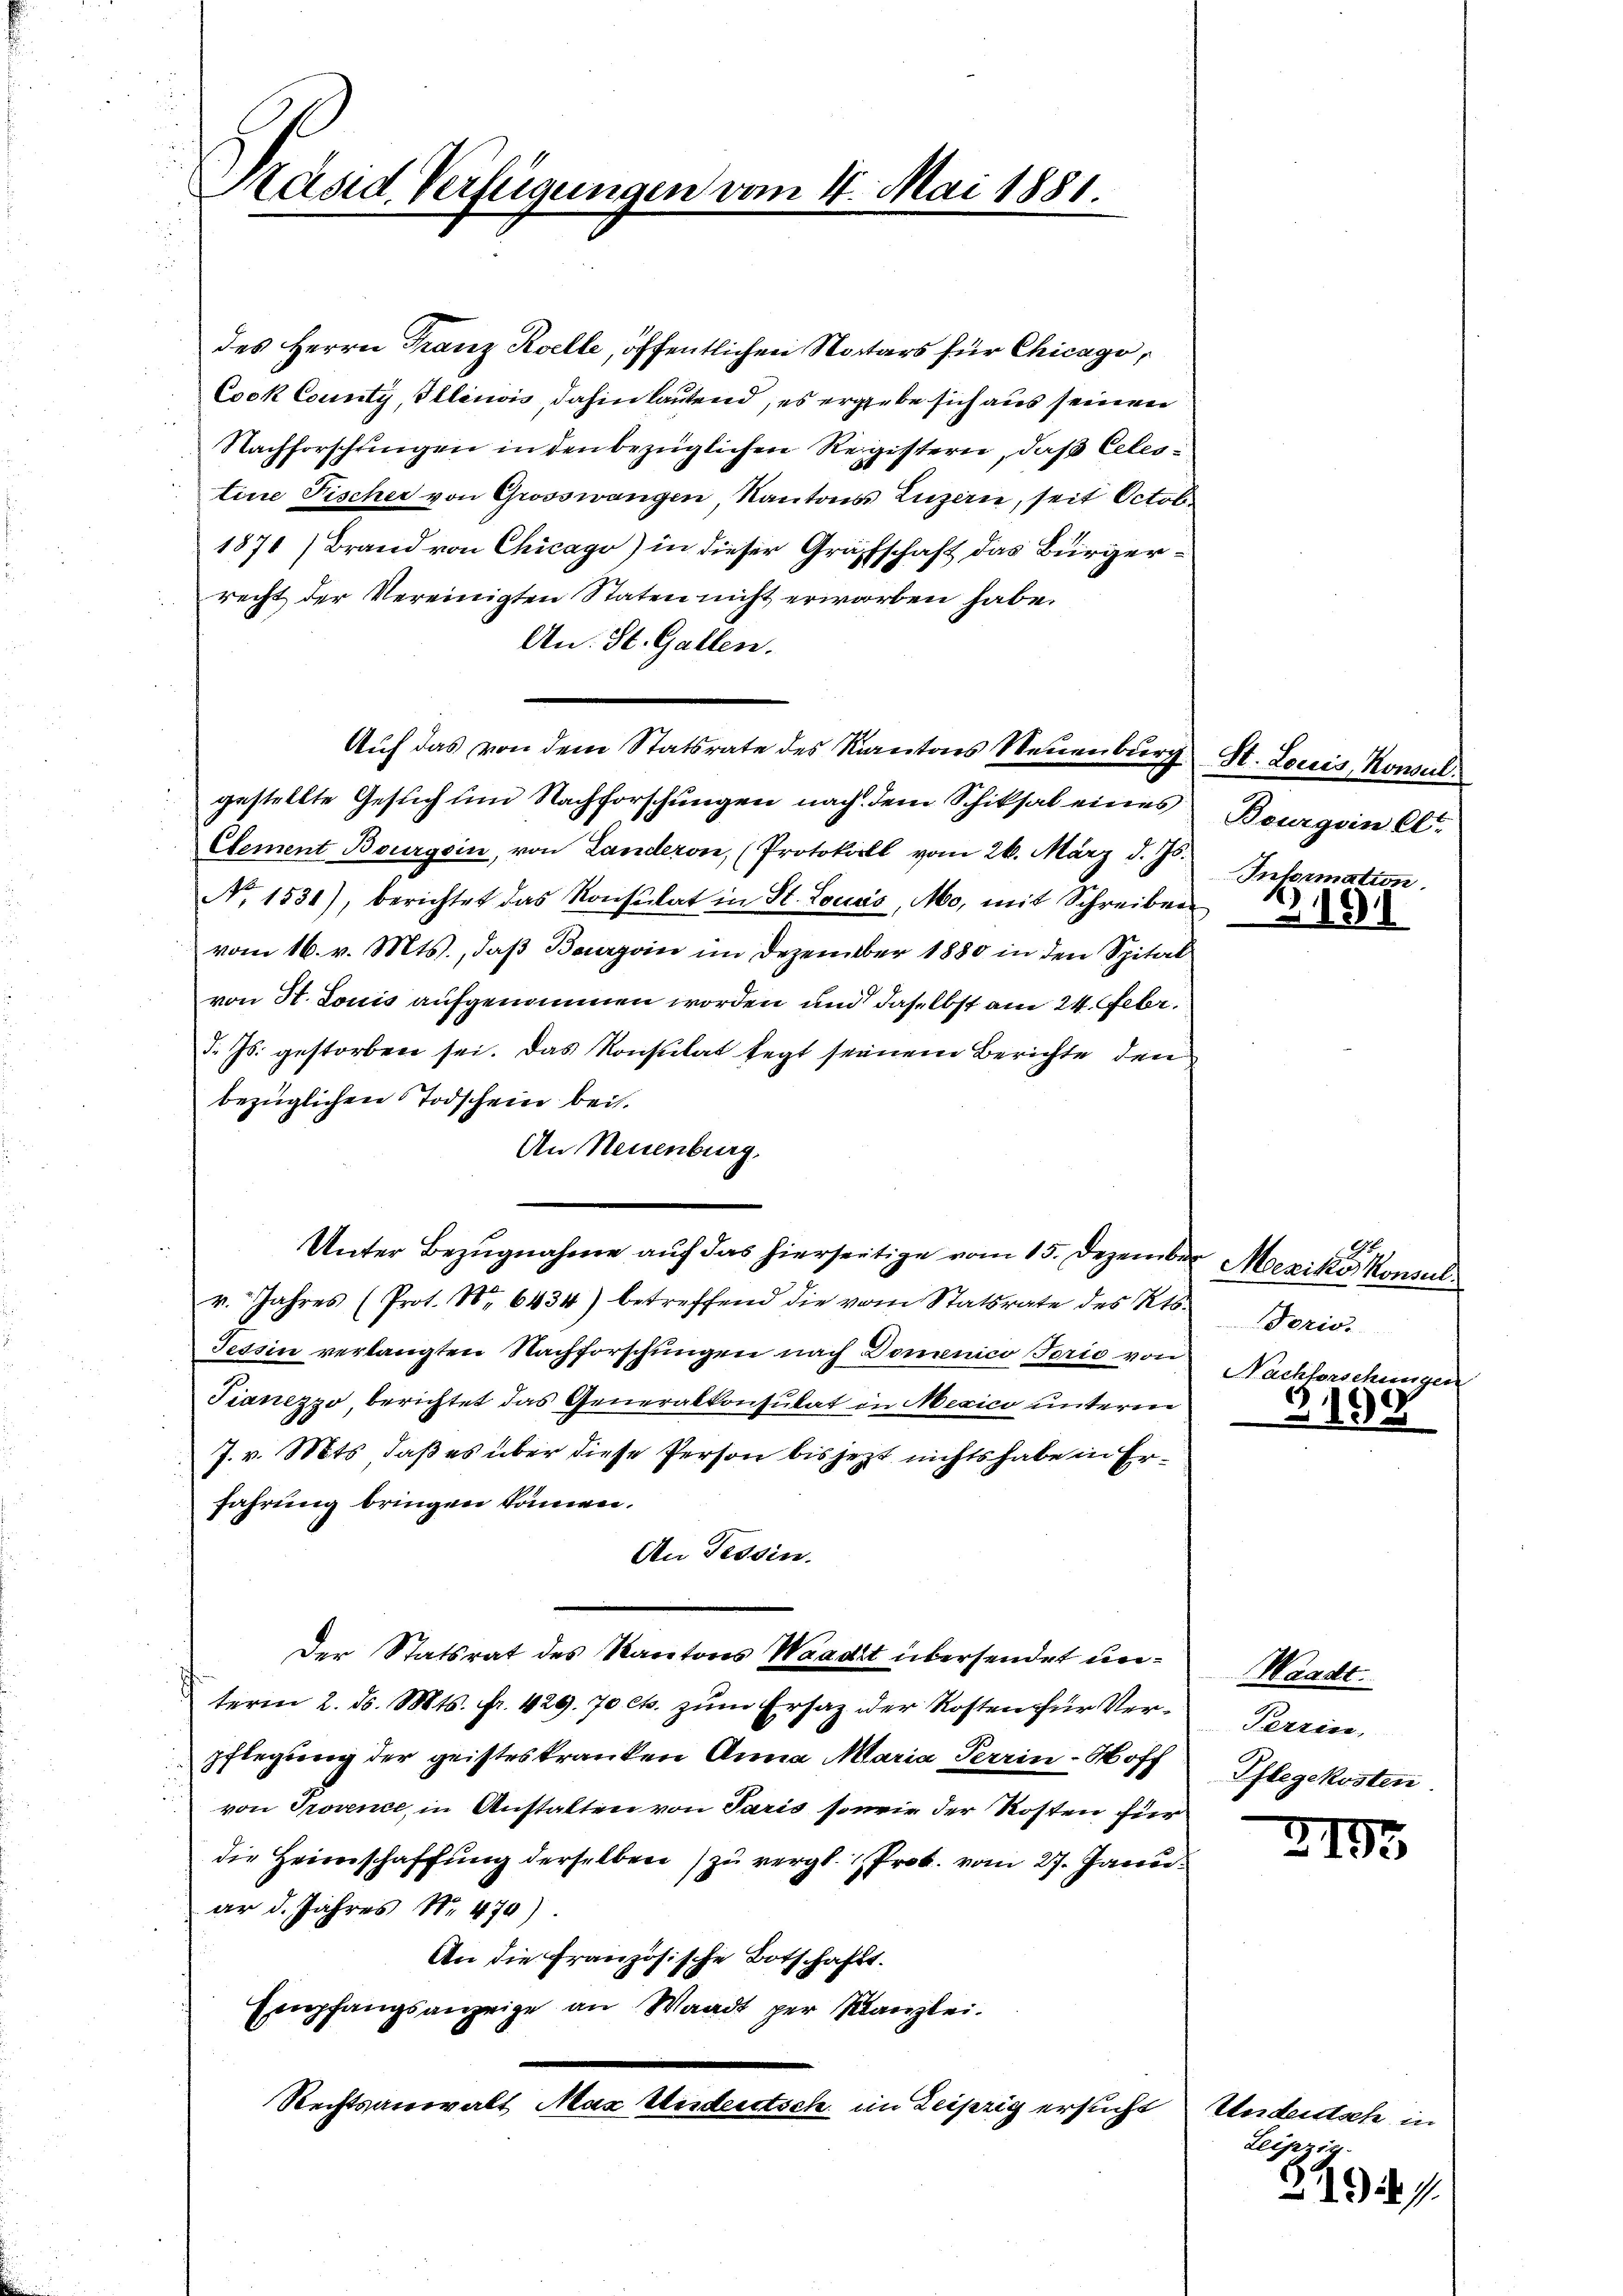
Präsid Verfügungen vom 4. Mai 1881.

des Herrn Franz Roelle, öffentlichen Notars für Chicago,
Cook County, Illinois, dahin lautend, es ergebe sich aus seinen
Nachforschungen in den bezüglichen Registern, daß Celes
tine Fischer von Grosswangen, Kantons Luzern, seit Octob
1871) Brand von Chicago) in dieser Grafschaft das Bürgerrecht der Vereinigten Staten nicht erworben habe.
An. St. Gallen.
Auf das von dem Statsrate des Kantons Neuenburg St. Louis, Konsul
gestellte Gesich um Nachforschungen nach dem Schiksal eines Bourgoin C.
Clement Bourgoin, von Landeron, (Protokoll vom 26. März d. Js.
No. 1531), berichtet das Konsulat in St. Locas, Mo, mit Schreiben
vom 16. v. Mts., daß Bauergoin im Dezember 1880 in den Spital
von H. Louis aufgenommen worden und daselbst am 24. Febr.
d. Js. gestorben sei. Das Konsulat legt seinem Berichte den
bezüglichen Todschein bei.
An Neuenburg.
Unter Bezŭgnahme aŭf das hierseitige vom 15. Dezember Meziks Konsul
r. Jahres (Prot. Nr. 6434) betreffend die vom Statsrate des Kts. Borio.
Tessin verlangten Nachforschungen nach Domenico Jorie von
Tianezzo, berichtet das Generalkonsulat in Mexico unterm
J. v. Mts., daß es über diese Person bis jezt nichts habe in Erfahrung bringen können.
An Tessin.
Der Statsrat des Kantons Waadt übersendet unterm 2. ds. Mts. fr. 429. 70 cts. zum Ersaz der Kosten für Verpflegung der geisteskranken Anna Maria Perrin-Moff
von Provence in Anstalten von Paris sowie der Kosten für
die Heirnschaffung derselben zu vergl. Prob. vom 27. Janie
ar d. Jahres Nr. 470).
An die Französische Botschafts-
Empfangsanzeige an Waadt per Kanzlei.
Rechtsanwalt Max Undeutsch im Leipzig ersucht

Information.

3191

Nachforschungen

3198

Waadt.
Perrin,
Pflegekosten

2193

Undeutsch in
König

2194